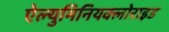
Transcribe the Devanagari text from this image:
ऐल्युमिनियक्लोराइड